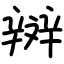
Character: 辬